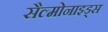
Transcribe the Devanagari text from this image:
सैल्मोनाइड्स